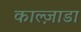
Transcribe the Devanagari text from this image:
काल्ज़ाडा